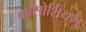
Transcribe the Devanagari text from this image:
कांसोर्शियम